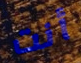
أنت